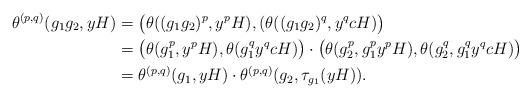
LaTeX: \begin{align*} \theta^{(p,q)}(g_1g_2,yH)&=\big( \theta((g_1g_2)^p,y^pH),(\theta((g_1g_2)^q,y^qcH)\big)\\ &= \big(\theta(g_1^p,y^pH),\theta(g_1^qy^qcH)\big)\cdot \big(\theta(g_2^p,g_1^py^pH),\theta (g_2^q,g_1^qy^qcH)\big)\\ & = \theta^{(p,q)}(g_1,yH)\cdot\theta^{(p,q)}(g_2,\tau_{g_1}(yH)). \end{align*}